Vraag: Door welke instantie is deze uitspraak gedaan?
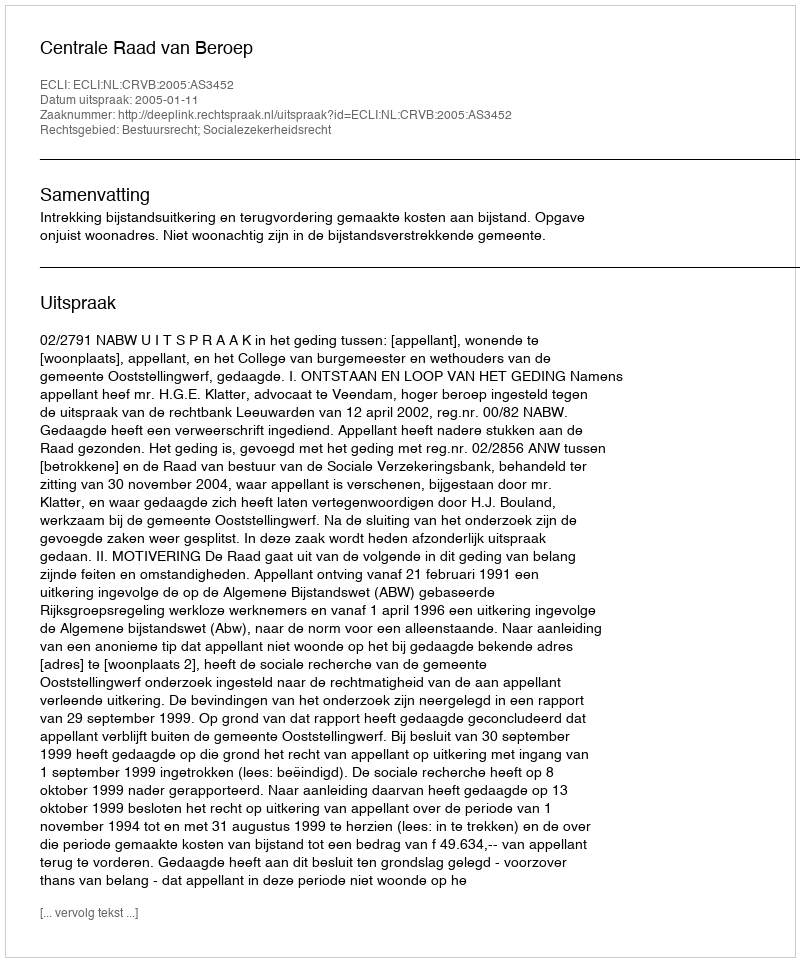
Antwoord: Centrale Raad van Beroep